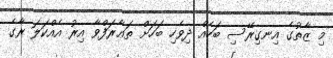
މި ޒާތުގެ އިނގިރޭސި ބަހެއް ދިވެހި ބަހަށް ތަޢާރަފްވާ އިރު އެއްކަލަ ރާގެ